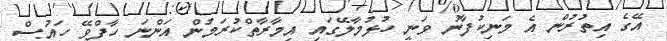
އޭގެ އިތުރުން އެ މަނިކުފާނު ވަނީ ހުޅުމާލޭގައި އިމާރާތްކުރަމުން އަންނަ ހާފްވޭ ހައުސް